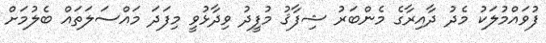
ފުވައްމުލަކު މެދު ދާއިރާގެ މެންބަރު ޝިފާޤު މުފީދު ވިދާޅުވީ މިފަދަ މައްސަލަތައް ބެލުމަށް